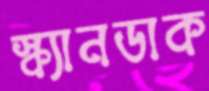
স্ক্যানডাক